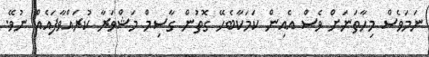
ނަމަވެސް މިހާތަނަށް ވެސް އެއިން ކަމަކާބެހޭ ގޮތުން ގާސިމް މަޝްވަރާ ކުރައްވާފައެއް ނުވޭ.